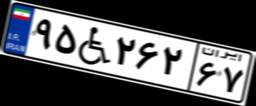
۹۵W۲۶۲۶۷